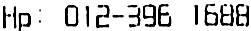
HP: 012-396 1688